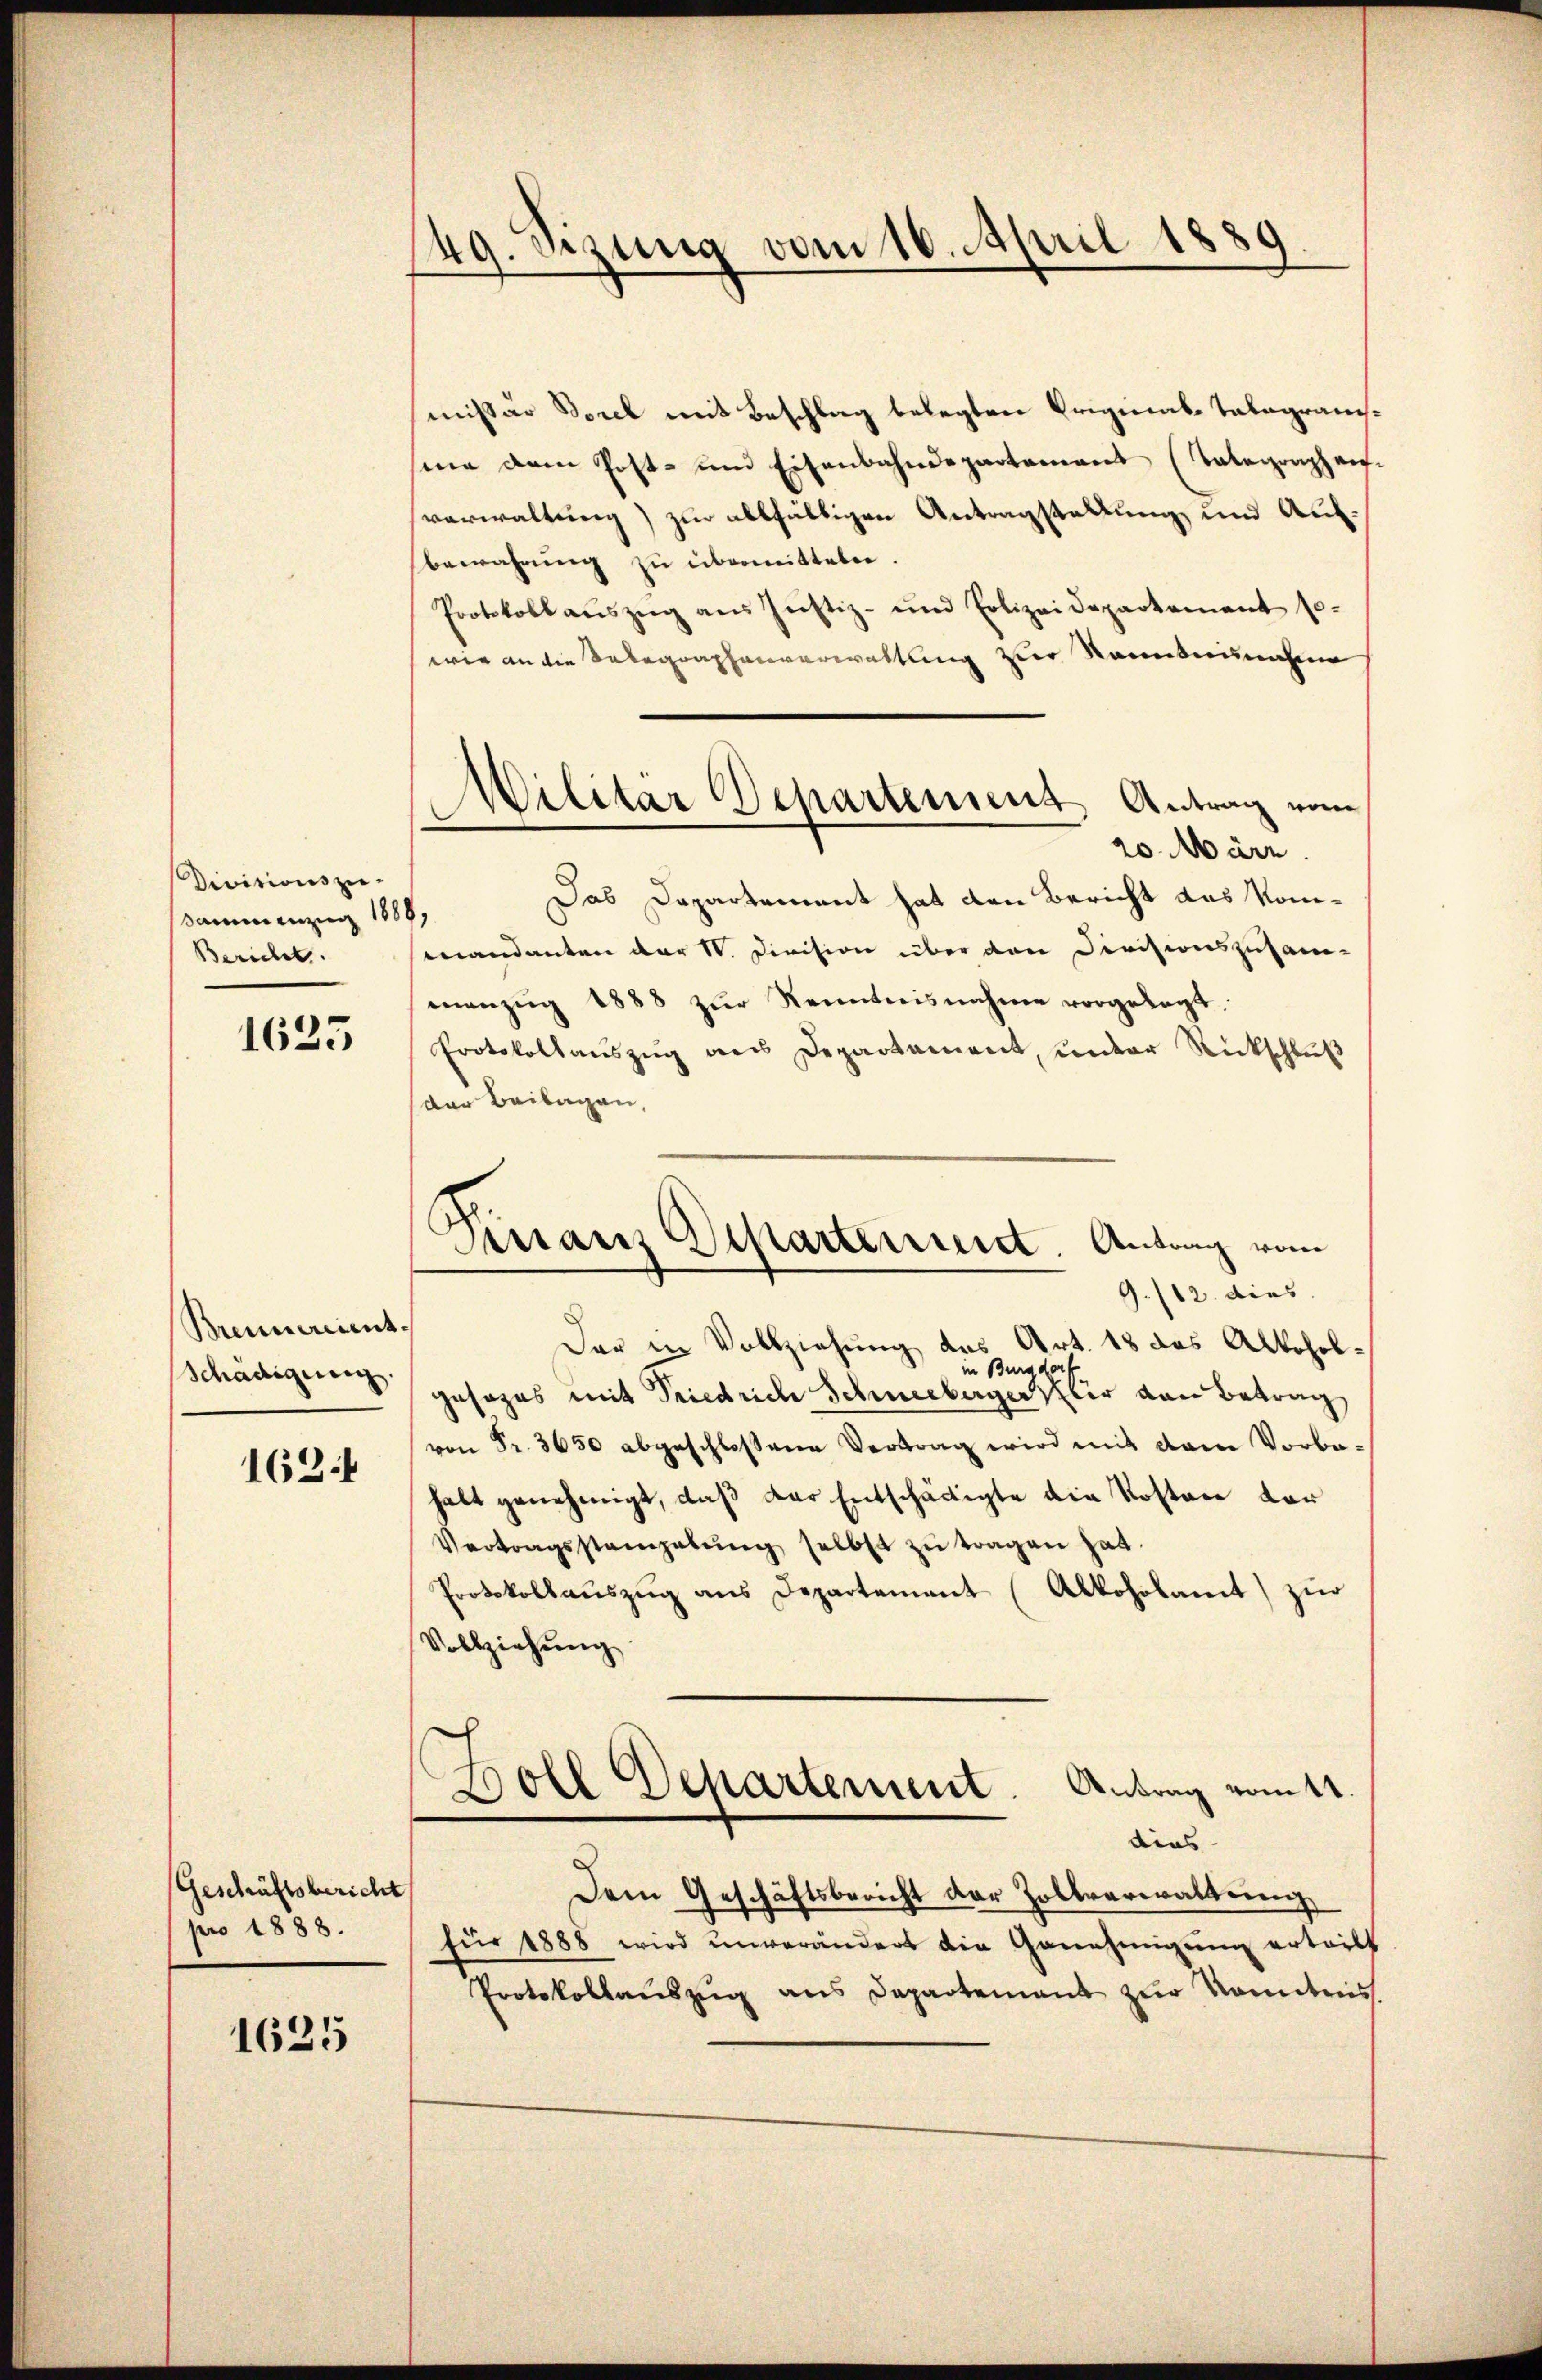
Divisionszu-
sammenzug 1888,
Bericht.

1625

1624

Geschäftsbericht
pro 1888.

1625

Brennereint.
Schädigung.

49. Sizung vom 16. April 1889.

mißär Sorel mit Beschlag belegten Original-Talagrausme dem Post- und Eisenbahndepartement (Telegraphen.
verwaltung) zur allfälligen Antragstallung und Aufbewahrung zu übermitteln.
Protokoll aŭszŭg aŭs Justiz- und Polizeidepartement so-
wie an die Delegraphenverwaltung zur Kenntnisnahme
20. März.
Das Departement hat den Bericht das Kommandanten der IV. Division über den Divisionszusam-
manzŭg 1888 zŭr Kenntnisnahme vorgelegt.
Protokolaŭszŭg ans Departament, ŭnter Rückschlŭβ
der Beilagen,
Der in Vollziehung des Art. 18 das Alkoholin Burgdorf
gesages mit Friedrich Schneebergerli von Betrag
von Fr. 3650 abgeschlossene Vertrag wird mit dem Vorbahalt genehmigt, daß das Entschädigte die Kosten dor¬
Vertragsstampelŭng selbst zu tragen hat.
Protokollaŭszŭg ans Departement (Alkoholamt zŭr
Vollziehŭng
Antrag vomtt
Boll Departement.
dias
Dem Geschäftsbericht der Zollverwaltung
für 1888 wird unverändert die Genehmigung erteilt
Protokollauszug aus Departement zur konntens

Militar Departement Antrag vom

Manz Distartement. Antrag vom
9./12. dies